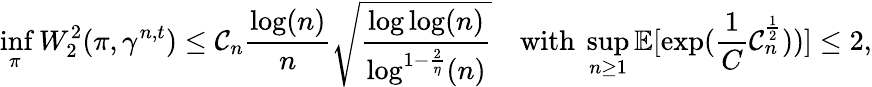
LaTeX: \operatorname*{inf}_{\pi}W_{2}^{2}(\pi,\gamma^{n,t})\leq\mathcal{C}_{n}\frac{\log(n)}{n}\sqrt{\frac{\log\log(n)}{\log^{1-\frac{2}{\eta}}(n)}}\quad\mathrm{with~}\operatorname*{sup}_{n\geq 1}\mathbb{E}[\exp(\frac{1}{C}\mathcal{C}_{n}^{\frac{1}{2}}))]\leq 2,